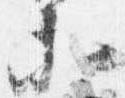
等